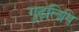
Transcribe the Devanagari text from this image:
गूढ़लिपि